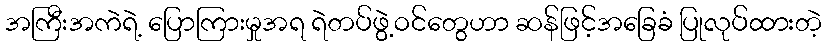
အကြီးအကဲရဲ့ ပြောကြားမှုအရ ရဲတပ်ဖွဲ့ဝင်တွေဟာ ဆန်ဖြင့်အခြေခံ ပြုလုပ်ထားတဲ့